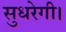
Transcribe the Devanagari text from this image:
सुधरेगी।